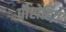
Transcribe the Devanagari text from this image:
पौरोहित